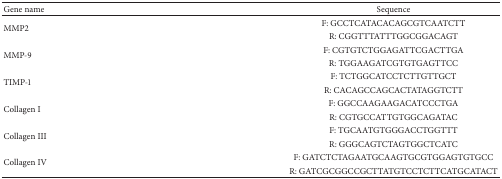
<table><thead><tr><td><b>Gene name</b></td><td><b>Sequence</b></td></tr></thead><tbody><tr><td rowspan="2">MMP2</td><td>F: GCCTCATACACAGCGTCAATCTT</td></tr><tr><td>R: CGGTTTATTTGGCGGACAGT</td></tr><tr><td rowspan="2">MMP-9</td><td>F: CGTGTCTGGAGATTCGACTTGA</td></tr><tr><td>R: TGGAAGATCGTGTGAGTTCC</td></tr><tr><td rowspan="2">TIMP-1</td><td>F: TCTGGCATCCTCTTGTTGCT</td></tr><tr><td>R: CACAGCCAGCACTATAGGTCTT</td></tr><tr><td rowspan="2">Collagen I</td><td>F: GGCCAAGAAGACATCCCTGA</td></tr><tr><td>R: CGTGCCATTGTGGCAGATAC</td></tr><tr><td rowspan="2">Collagen III</td><td>F: TGCAATGTGGGACCTGGTTT</td></tr><tr><td>R: GGGCAGTCTAGTGGCTCATC</td></tr><tr><td rowspan="2">Collagen IV</td><td>F: GATCTCTAGAATGCAAGTGCGTGGAGTGTGCC</td></tr><tr><td>R: GATCGCGGCCGCTTATGTCCTCTTCATGCATACT</td></tr></tbody></table>